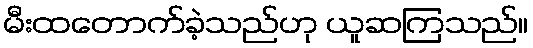
မီးထတောက်ခဲ့သည်ဟု ယူဆကြသည်။